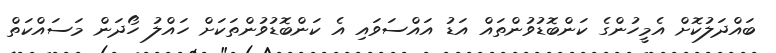
ބައްދަލުކޮށް އެމީހުންގެ ކަންބޮޑުވުންތައް އަޑު އައްސަވައި އެ ކަންބޮޑުވުންތަކަށް ހައްލު ހޯދަން މަސައްކަތް